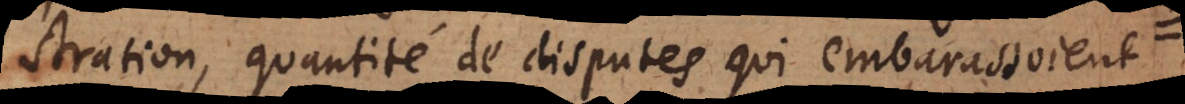
stration, quantité de disputes qui embarassoient